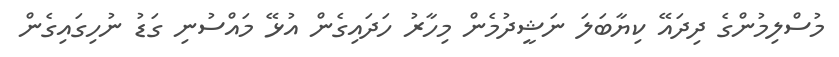
މުސްލިމުންގެ ދިދައޭ ކިޔާބަލަ ނަޝީދުމެން މިހާރު ހަދައިގެން އުޅޭ މައްސުނި ގަޑު ނުހިގައިގެން